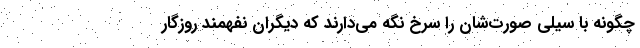
چگونه با سیلی صورت‌شان را سرخ نگه می‌دارند که دیگران نفهمند روزگار